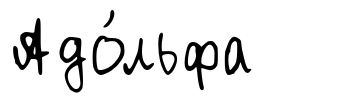
Адо́льфа